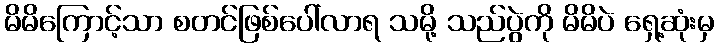
မိမိကြောင့်သာ စတင်ဖြစ်ပေါ်လာရ သမို့ သည်ပွဲကို မိမိပဲ ရှေ့ဆုံးမှ